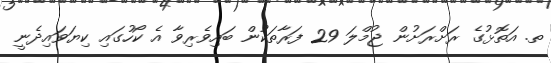
ތ. އަތޮޅުގެ ރަށްރަށުން ޖުމްލަ 29 ފަރާތަކުން ބައިވެރިވާ އެ ކޯހުގައި ކިޔަވައިދެނީ